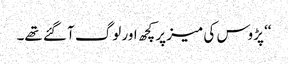
‘‘ پڑوس کی میز پر کچھ اور لوگ آ گئے تھے۔